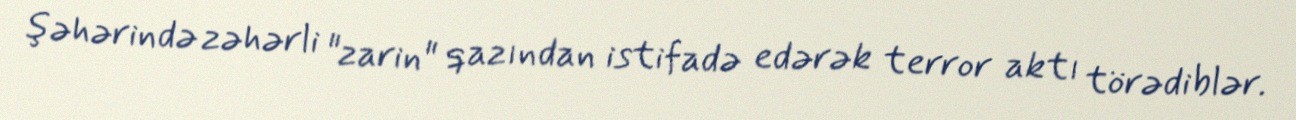
şəhərində zəhərli "zarin" qazından istifadə edərək terror aktı törədiblər.